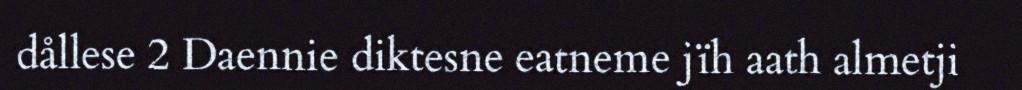
dållese 2 Daennie diktesne eatneme jïh aath almetji